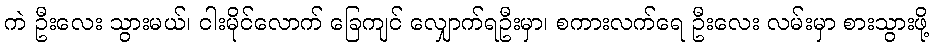
ကဲ ဦးလေး သွားမယ်၊ ငါးမိုင်လောက် ခြေကျင် လျှောက်ရဦးမှာ၊ စကားလက်ရေ ဦးလေး လမ်းမှာ စားသွားဖို့